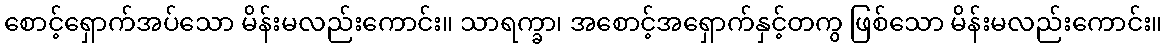
စောင့်ရှောက်အပ်သော မိန်းမလည်းကောင်း။ သာရက္ခာ၊ အစောင့်အရှောက်နှင့်တကွ ဖြစ်သော မိန်းမလည်းကောင်း။